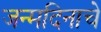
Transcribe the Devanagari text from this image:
जन्मदिनाचे